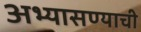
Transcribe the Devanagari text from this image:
अभ्यासण्याची